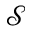
\mathcal { S }